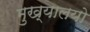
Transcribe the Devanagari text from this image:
मुख्यालयो